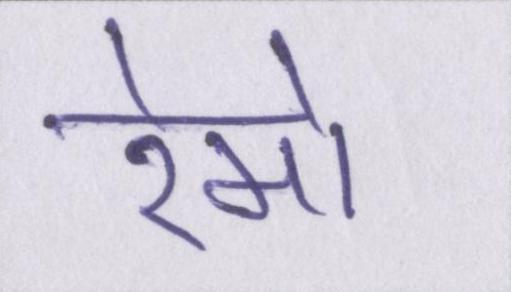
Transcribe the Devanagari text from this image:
रेमो